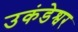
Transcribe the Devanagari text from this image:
उकंडेश्वर